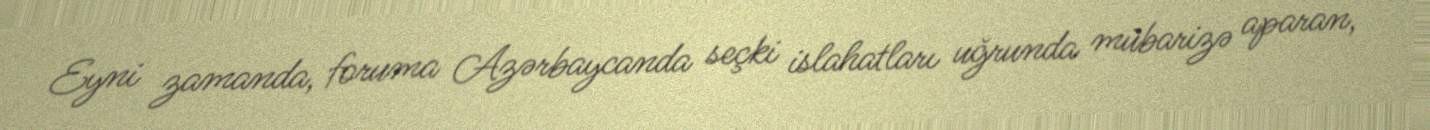
Eyni zamanda, foruma Azərbaycanda seçki islahatları uğrunda mübarizə aparan,